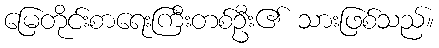
မြေတိုင်းစာရေးကြီးတစ်ဦး၏ သားဖြစ်သည်။